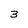
Character: 3